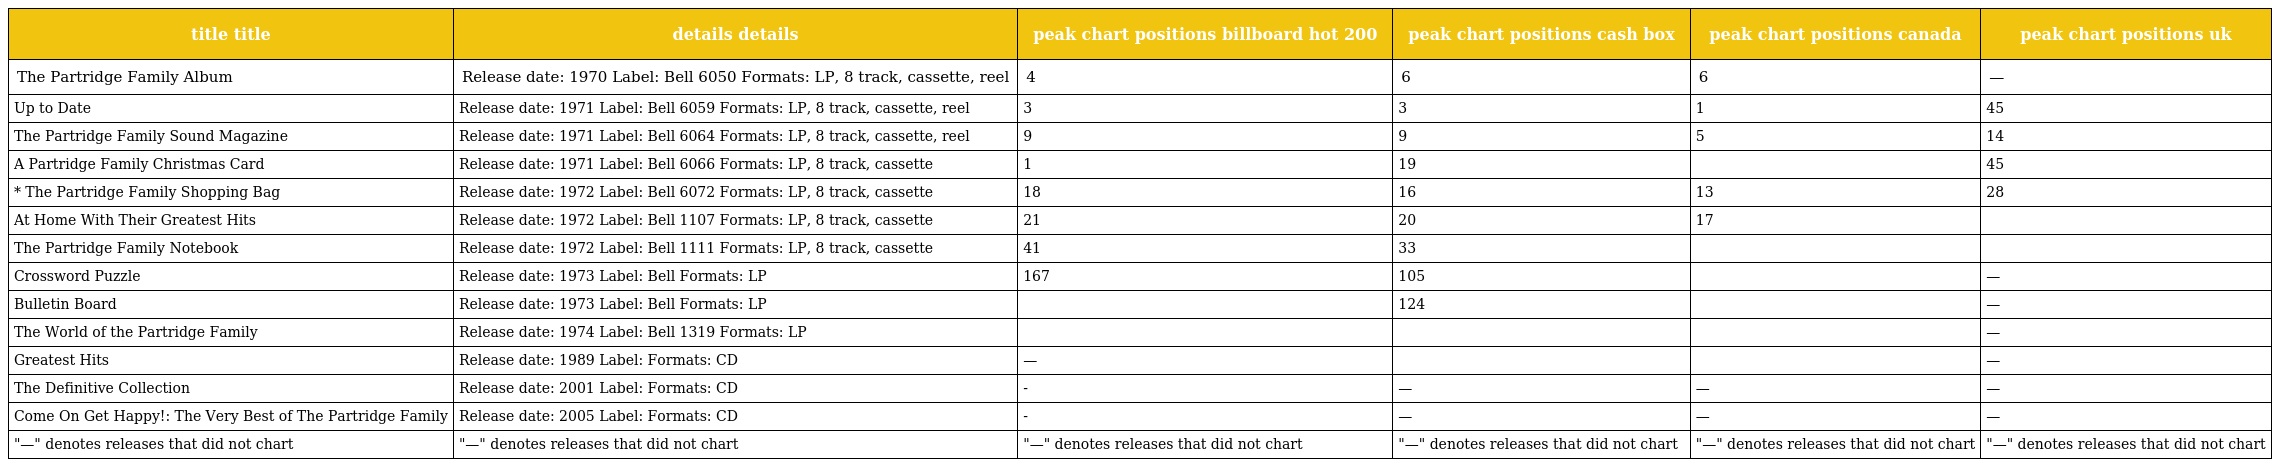
| title title | details details | peak chart positions billboard hot 200 | peak chart positions cash box | peak chart positions canada | peak chart positions uk |
 | --- | --- | --- | --- | --- | --- |
 | The Partridge Family Album | Release date: 1970 Label: Bell 6050 Formats: LP, 8 track, cassette, reel | 4 | 6 | 6 | — |
 | Up to Date | Release date: 1971 Label: Bell 6059 Formats: LP, 8 track, cassette, reel | 3 | 3 | 1 | 45 |
 | The Partridge Family Sound Magazine | Release date: 1971 Label: Bell 6064 Formats: LP, 8 track, cassette, reel | 9 | 9 | 5 | 14 |
 | A Partridge Family Christmas Card | Release date: 1971 Label: Bell 6066 Formats: LP, 8 track, cassette | 1 | 19 |  | 45 |
 | * The Partridge Family Shopping Bag | Release date: 1972 Label: Bell 6072 Formats: LP, 8 track, cassette | 18 | 16 | 13 | 28 |
 | At Home With Their Greatest Hits | Release date: 1972 Label: Bell 1107 Formats: LP, 8 track, cassette | 21 | 20 | 17 |  |
 | The Partridge Family Notebook | Release date: 1972 Label: Bell 1111 Formats: LP, 8 track, cassette | 41 | 33 |  |  |
 | Crossword Puzzle | Release date: 1973 Label: Bell Formats: LP | 167 | 105 |  | — |
 | Bulletin Board | Release date: 1973 Label: Bell Formats: LP |  | 124 |  | — |
 | The World of the Partridge Family | Release date: 1974 Label: Bell 1319 Formats: LP |  |  |  | — |
 | Greatest Hits | Release date: 1989 Label: Formats: CD | — |  |  | — |
 | The Definitive Collection | Release date: 2001 Label: Formats: CD | - | — | — | — |
 | Come On Get Happy!: The Very Best of The Partridge Family | Release date: 2005 Label: Formats: CD | - | — | — | — |
 | "—" denotes releases that did not chart | "—" denotes releases that did not chart | "—" denotes releases that did not chart | "—" denotes releases that did not chart | "—" denotes releases that did not chart | "—" denotes releases that did not chart |